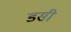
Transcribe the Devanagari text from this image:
डसी